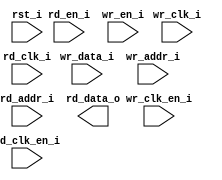
// Verilog netlist produced by program LSE 
// Netlist written on Wed Sep 23 23:41:00 2020
// Source file index table: 
// Object locations will have the form @<file_index>(<first_ line>[<left_column>],<last_line>[<right_column>])
// file 0 "/opt/lscc/radiant/2.0/ip/common/adder/rtl/lscc_adder.v"
// file 1 "/opt/lscc/radiant/2.0/ip/common/adder_subtractor/rtl/lscc_add_sub.v"
// file 2 "/opt/lscc/radiant/2.0/ip/common/complex_mult/rtl/lscc_complex_mult.v"
// file 3 "/opt/lscc/radiant/2.0/ip/common/counter/rtl/lscc_cntr.v"
// file 4 "/opt/lscc/radiant/2.0/ip/common/fifo/rtl/lscc_fifo.v"
// file 5 "/opt/lscc/radiant/2.0/ip/common/fifo_dc/rtl/lscc_fifo_dc.v"
// file 6 "/opt/lscc/radiant/2.0/ip/common/mult_accumulate/rtl/lscc_mult_accumulate.v"
// file 7 "/opt/lscc/radiant/2.0/ip/common/mult_add_sub/rtl/lscc_mult_add_sub.v"
// file 8 "/opt/lscc/radiant/2.0/ip/common/mult_add_sub_sum/rtl/lscc_mult_add_sub_sum.v"
// file 9 "/opt/lscc/radiant/2.0/ip/common/multiplier/rtl/lscc_multiplier.v"
// file 10 "/opt/lscc/radiant/2.0/ip/common/ram_dp/rtl/lscc_ram_dp.v"
// file 11 "/opt/lscc/radiant/2.0/ip/common/ram_dq/rtl/lscc_ram_dq.v"
// file 12 "/opt/lscc/radiant/2.0/ip/common/rom/rtl/lscc_rom.v"
// file 13 "/opt/lscc/radiant/2.0/ip/common/subtractor/rtl/lscc_subtractor.v"
// file 14 "/opt/lscc/radiant/2.0/ip/pmi/pmi_add.v"
// file 15 "/opt/lscc/radiant/2.0/ip/pmi/pmi_addsub.v"
// file 16 "/opt/lscc/radiant/2.0/ip/pmi/pmi_complex_mult.v"
// file 17 "/opt/lscc/radiant/2.0/ip/pmi/pmi_counter.v"
// file 18 "/opt/lscc/radiant/2.0/ip/pmi/pmi_dsp.v"
// file 19 "/opt/lscc/radiant/2.0/ip/pmi/pmi_fifo.v"
// file 20 "/opt/lscc/radiant/2.0/ip/pmi/pmi_fifo_dc.v"
// file 21 "/opt/lscc/radiant/2.0/ip/pmi/pmi_mac.v"
// file 22 "/opt/lscc/radiant/2.0/ip/pmi/pmi_mult.v"
// file 23 "/opt/lscc/radiant/2.0/ip/pmi/pmi_multaddsub.v"
// file 24 "/opt/lscc/radiant/2.0/ip/pmi/pmi_multaddsubsum.v"
// file 25 "/opt/lscc/radiant/2.0/ip/pmi/pmi_ram_dp.v"
// file 26 "/opt/lscc/radiant/2.0/ip/pmi/pmi_ram_dp_be.v"
// file 27 "/opt/lscc/radiant/2.0/ip/pmi/pmi_ram_dq.v"
// file 28 "/opt/lscc/radiant/2.0/ip/pmi/pmi_ram_dq_be.v"
// file 29 "/opt/lscc/radiant/2.0/ip/pmi/pmi_rom.v"
// file 30 "/opt/lscc/radiant/2.0/ip/pmi/pmi_sub.v"
// file 31 "/opt/lscc/radiant/2.0/cae_library/simulation/verilog/iCE40UP/CCU2_B.v"
// file 32 "/opt/lscc/radiant/2.0/cae_library/simulation/verilog/iCE40UP/FD1P3BZ.v"
// file 33 "/opt/lscc/radiant/2.0/cae_library/simulation/verilog/iCE40UP/FD1P3DZ.v"
// file 34 "/opt/lscc/radiant/2.0/cae_library/simulation/verilog/iCE40UP/FD1P3IZ.v"
// file 35 "/opt/lscc/radiant/2.0/cae_library/simulation/verilog/iCE40UP/FD1P3JZ.v"
// file 36 "/opt/lscc/radiant/2.0/cae_library/simulation/verilog/iCE40UP/HSOSC.v"
// file 37 "/opt/lscc/radiant/2.0/cae_library/simulation/verilog/iCE40UP/HSOSC1P8V.v"
// file 38 "/opt/lscc/radiant/2.0/cae_library/simulation/verilog/iCE40UP/IB.v"
// file 39 "/opt/lscc/radiant/2.0/cae_library/simulation/verilog/iCE40UP/IFD1P3AZ.v"
// file 40 "/opt/lscc/radiant/2.0/cae_library/simulation/verilog/iCE40UP/LSOSC.v"
// file 41 "/opt/lscc/radiant/2.0/cae_library/simulation/verilog/iCE40UP/LSOSC1P8V.v"
// file 42 "/opt/lscc/radiant/2.0/cae_library/simulation/verilog/iCE40UP/OB.v"
// file 43 "/opt/lscc/radiant/2.0/cae_library/simulation/verilog/iCE40UP/OBZ_B.v"
// file 44 "/opt/lscc/radiant/2.0/cae_library/simulation/verilog/iCE40UP/OFD1P3AZ.v"
// file 45 "/opt/lscc/radiant/2.0/cae_library/simulation/verilog/iCE40UP/PDP4K.v"
// file 46 "/opt/lscc/radiant/2.0/cae_library/simulation/verilog/iCE40UP/RGB.v"
// file 47 "/opt/lscc/radiant/2.0/cae_library/simulation/verilog/iCE40UP/RGB1P8V.v"
// file 48 "/opt/lscc/radiant/2.0/cae_library/simulation/verilog/iCE40UP/SP256K.v"
// file 49 "/opt/lscc/radiant/2.0/cae_library/simulation/verilog/iCE40UP/legacy.v"

//
// Verilog Description of module ebr_dp
//

module ebr_dp (wr_clk_i, rd_clk_i, rst_i, wr_clk_en_i, rd_en_i, rd_clk_en_i, 
            wr_en_i, wr_data_i, wr_addr_i, rd_addr_i, rd_data_o);
    input wr_clk_i;
    input rd_clk_i;
    input rst_i;
    input wr_clk_en_i;
    input rd_en_i;
    input rd_clk_en_i;
    input wr_en_i;
    input [15:0]wr_data_i;
    input [7:0]wr_addr_i;
    input [7:0]rd_addr_i;
    output [15:0]rd_data_o;
    
    
    
endmodule